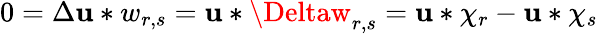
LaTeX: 0=\Delta\mathbf{u}*w_{r,s}=\mathbf{u}*\Deltaw_{r,s}=\mathbf{u}*\chi_{r}-\mathbf{u}*\chi_{s}